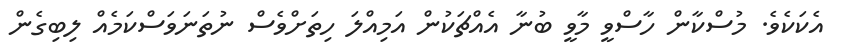
އެކަކެވެ. މުސްކާން ހާސްވީ މާވީ ބުނާ އެއްޗަކުން އަމިއްލަ ހިތަށްވެސް ނުތަނަވަސްކަމެއް ލިބިގެން